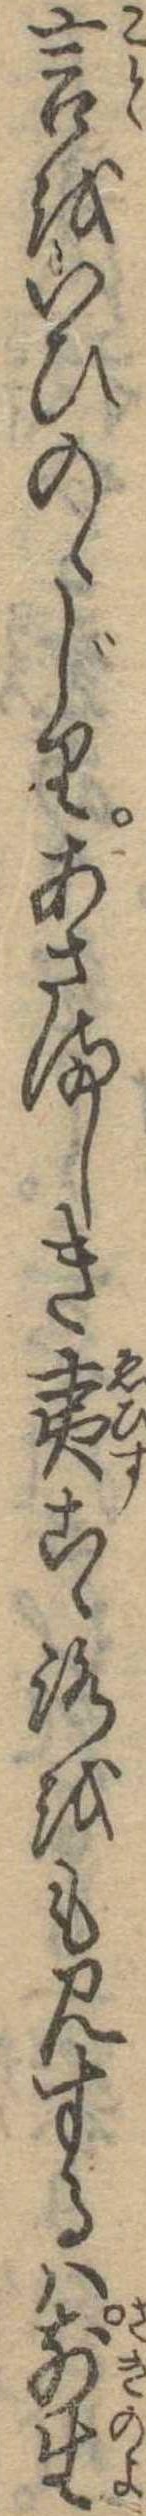
言をいひのゝじりあさましき夷こゝろをも見するは前生